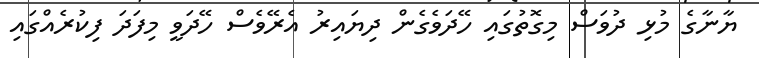
ޔާނާގެ މުޅި ދުވަސް މިގޮތުގައި ހޭދަވެގެން ދިޔައިރު އެރޭވެސް ހޭދަވީ މިފަދަ ފިކުރެއްގައި